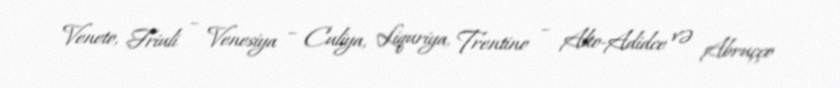
Veneto, Friuli – Venesiya – Culiya, Liquriya, Trentino – Alto-Adidce və Abruçço